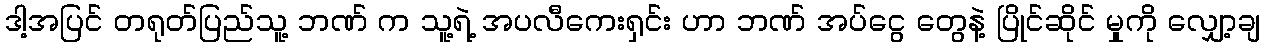
ဒါ့အပြင် တရုတ်ပြည်သူ့ ဘဏ် က သူ့ရဲ့ အပလီကေးရှင်း ဟာ ဘဏ် အပ်ငွေ တွေနဲ့ ပြိုင်ဆိုင် မှုကို လျှော့ချ